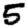
Digit: 5